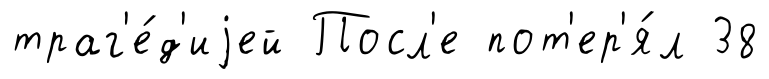
траг'е́д'иjей Посл'е пот'ер'я́л 38